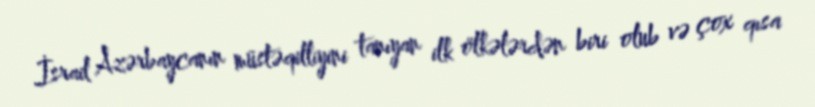
İsrail Azərbaycanın müstəqilliyini tanıyan ilk ölkələrdən biri olub və çox qısa